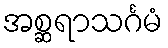
အစ္ဆရာသင်္ဂမံ